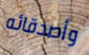
وأصدقائه